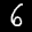
Label: 6